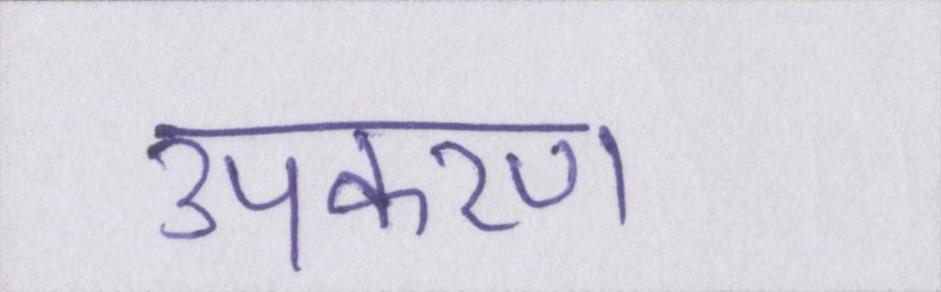
उपकरण